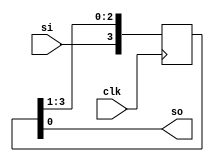
`timescale 1ns / 1ps //siso
module siso(clk,si,so); 
input clk;
input si;
output so;
reg [3:0] q=0;
always @(posedge clk) 
begin
q[3]<=si; q[2]<=q[3]; q[1]<=q[2]; q[0]<=q[1];
end
assign so=q[0];
endmodule
module siso_tb;
reg clk_tb;
reg si_tb;
wire so_tb;
siso U(
.clk(clk_tb),
.si(si_tb),
.so(so_tb)
);
initial
begin
clk_tb=0; si_tb=1; #10;
si_tb=0; #10;
si_tb=0; #10;
si_tb=1;
end
always	#5 clk_tb=~clk_tb;
endmodule